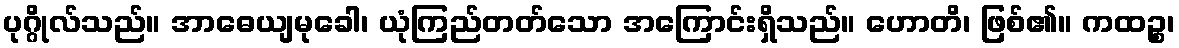
ပုဂ္ဂိုလ်သည်။ အာဓေယျမုခေါ၊ ယုံကြည်တတ်သော အကြောင်းရှိသည်။ ဟောတိ၊ ဖြစ်၏။ ကထဉ္စ၊